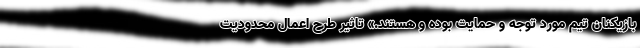
بازیکنان تیم مورد توجه و حمایت بوده و هستند.» تاثیر طرحِ اعمال محدودیت